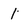
Character: 1